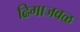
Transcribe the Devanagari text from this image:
ढिगाजवळ